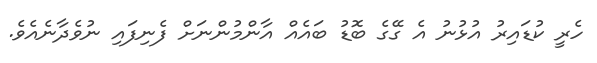
ހެރީ ކުޑައިރު އުޅުނު އެ ގޭގެ ބޮޑު ބައެއް އާންމުންނަށް ފެނިފައި ނުވެދާނެއެވެ.